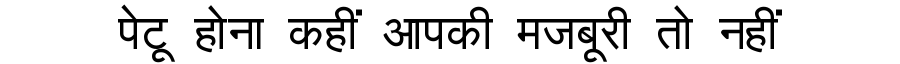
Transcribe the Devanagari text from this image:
पेटू होना कहीं आपकी मजबूरी तो नहीं